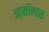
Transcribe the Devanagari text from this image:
आर्नोल्डस